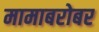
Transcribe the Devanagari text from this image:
मामाबरोबर